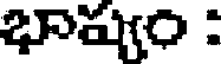
భాషుం :